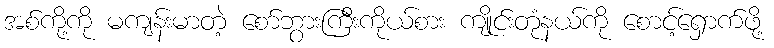
အစ်ကို့ကို မကျန်းမာတဲ့ စော်ဘွားကြီးကိုယ်စား ကျိုင်းတုံနယ်ကို စောင့်ရှောက်ဖို့